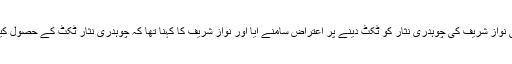
انتخابات 2018 کیلئے پارٹی ٹکٹ کے معاملے پر بھی نواز شریف کی چوہدری نثار کو ٹکٹ دینے پر اعتراض سامنے آیا اور نواز شریف کا کہنا تھا کہ چوہدری نثار ٹکٹ کے حصول کیلئے درخواست دیں گے تو انہیں ٹکٹ جاری کیا جائیگا۔